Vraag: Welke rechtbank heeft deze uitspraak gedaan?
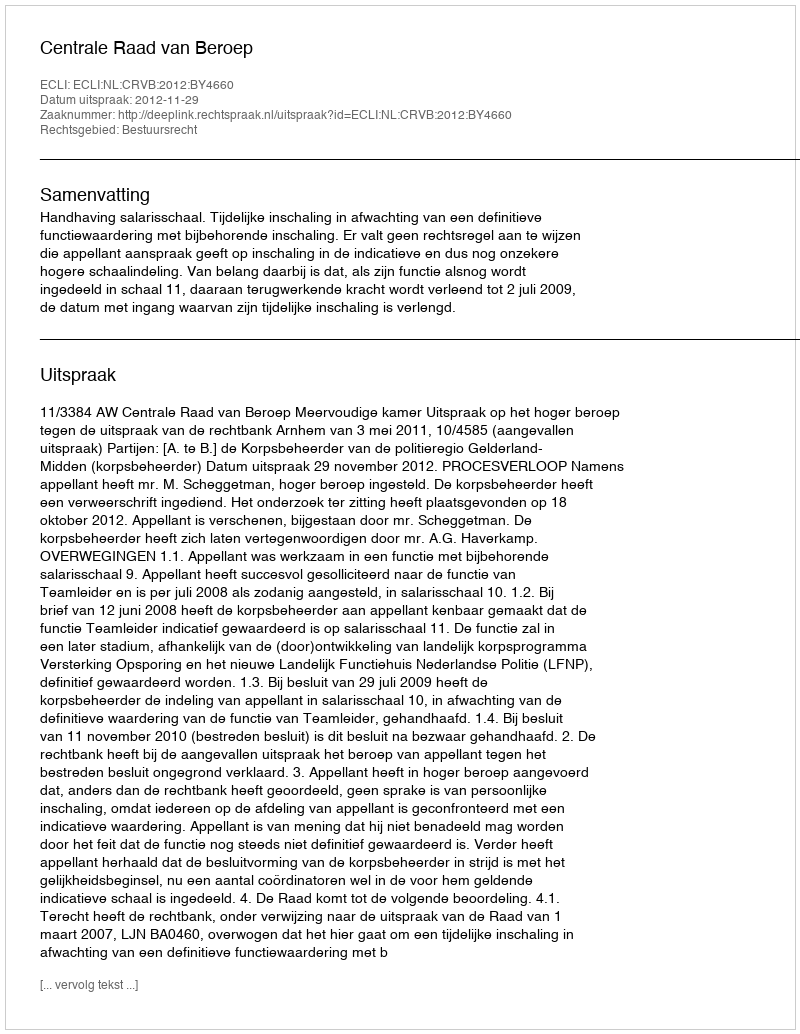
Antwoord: Centrale Raad van Beroep